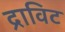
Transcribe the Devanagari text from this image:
द्राविट